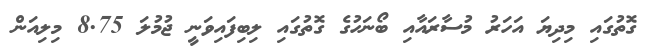
ގޮތުގައި މިދިޔަ އަހަރު މުސާރައާއި ބޯނަހުގެ ގޮތުގައި ލިބިފައިވަނީ ޖުމުލަ 8.75 މިލިއަން